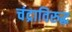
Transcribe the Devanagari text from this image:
चंद्राविरुद्ध